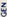
GEN